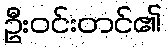
ဦးဝင်းတင်၏